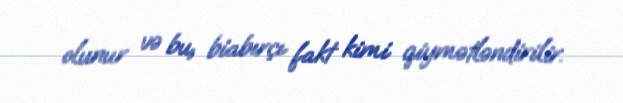
olunur və bu, biabırçı fakt kimi qiymətləndirilir.